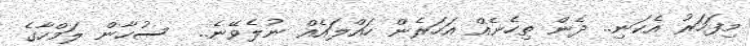
މިފަހަރު އެކަނި.. ދެން ތިހެނެއް އަހަރެން ހައްލައެއް ނުލެވޭނެ..  ސުހާން ލަމްހާގެ